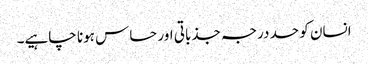
انسان کو حد درجہ جذباتی اور حساس ہونا چاہیے۔